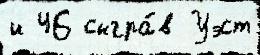
и 46 сыгра́в Уэст